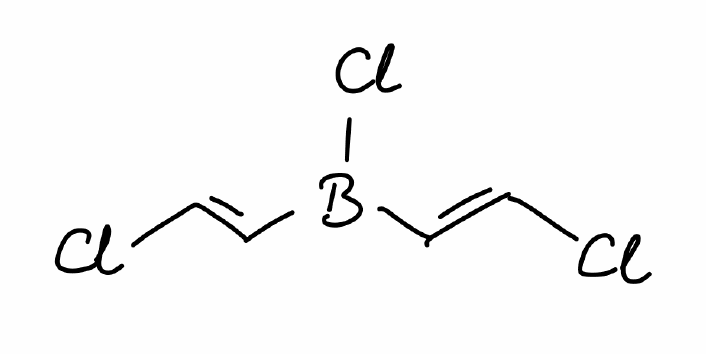
Simplified molecular-input line-entry system (SMILES) notation of the given molecule:
B(Cl)(/C=C/Cl)/C=C/Cl